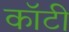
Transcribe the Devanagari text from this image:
कॉटी